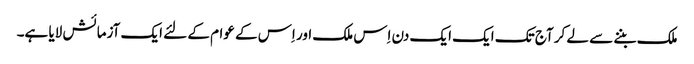
ملک بننے سے لے کر آج تک ایک ایک دن اِس ملک اور اِس کے عوام کے لئے ایک آزمائش لایا ہے۔